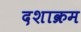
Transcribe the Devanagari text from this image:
दशाक्रम